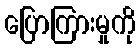
ပြောကြားမှုကို